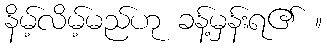
နိမ့်လိမ့်မည်ဟု ခန့်မှန်းရ၏ ။